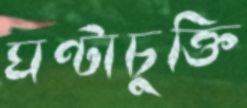
ঘণ্টাচুক্তি